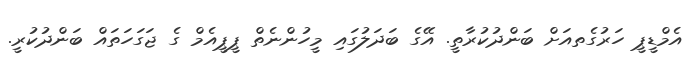
އެމްޑީޕީ ހަރުގެތއަށް ބަންދުކުރާތީ. އޭގެ ބަދަލުގައި މީހުންނެތް ޕީޕީއެމް ގެ ޖަގަހަތައް ބަންދުކުރީ.